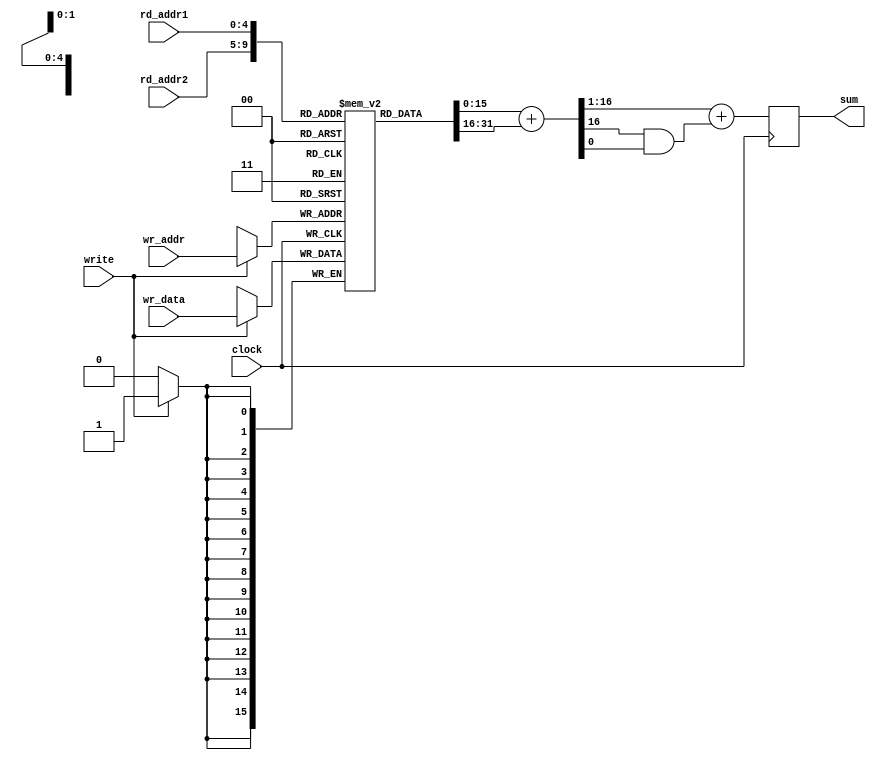


module ram32_2sum (input clock, input write, 
		   input [4:0] wr_addr, input [15:0] wr_data,
		   input [4:0] rd_addr1, input [4:0] rd_addr2,
		   output reg [15:0] sum);
   
   reg [15:0] 			ram_array [0:31];
   wire [16:0] 			sum_int;
   
   always @(posedge clock)
     if(write)
       ram_array[wr_addr] <= #1 wr_data;

   assign sum_int = ram_array[rd_addr1] + ram_array[rd_addr2];

   always @(posedge clock)
     sum <= #1 sum_int[16:1] + (sum_int[16]&sum_int[0]);

   
endmodule // ram32_2sum